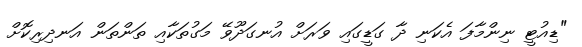
"ޑިއުޓީ ނިންމާފަ އެކަނި ދާ ގަޑީގައި ވަރަށް އުނގަދޫވޭ މަގުތަކާއި ތަންތަން އަނދިރިކޮށް